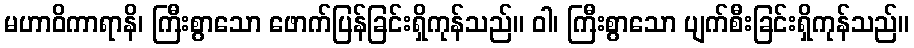
မဟာဝိကာရာနိ၊ ကြီးစွာသော ဖောက်ပြန်ခြင်းရှိကုန်သည်။ ဝါ၊ ကြီးစွာသော ပျက်စီးခြင်းရှိကုန်သည်။